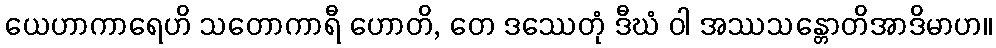
ယေဟာကာရေဟိ သတောကာရီ ဟောတိ, တေ ဒဿေတုံ ဒီဃံ ဝါ အဿသန္တောတိအာဒိမာဟ။